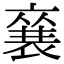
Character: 𮖚